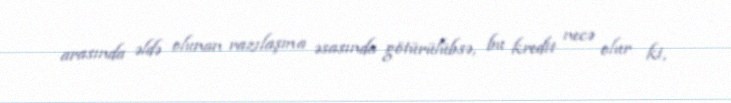
arasında əldə olunan razılaşma əsasında götürülübsə, bu kredit necə olur ki,